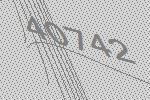
40742